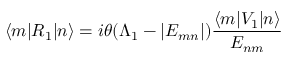
\langle m | R _ { 1 } | n \rangle = i \theta ( \Lambda _ { 1 } - | E _ { m n } | ) { \frac { \langle m | V _ { 1 } | n \rangle } { E _ { n m } } }